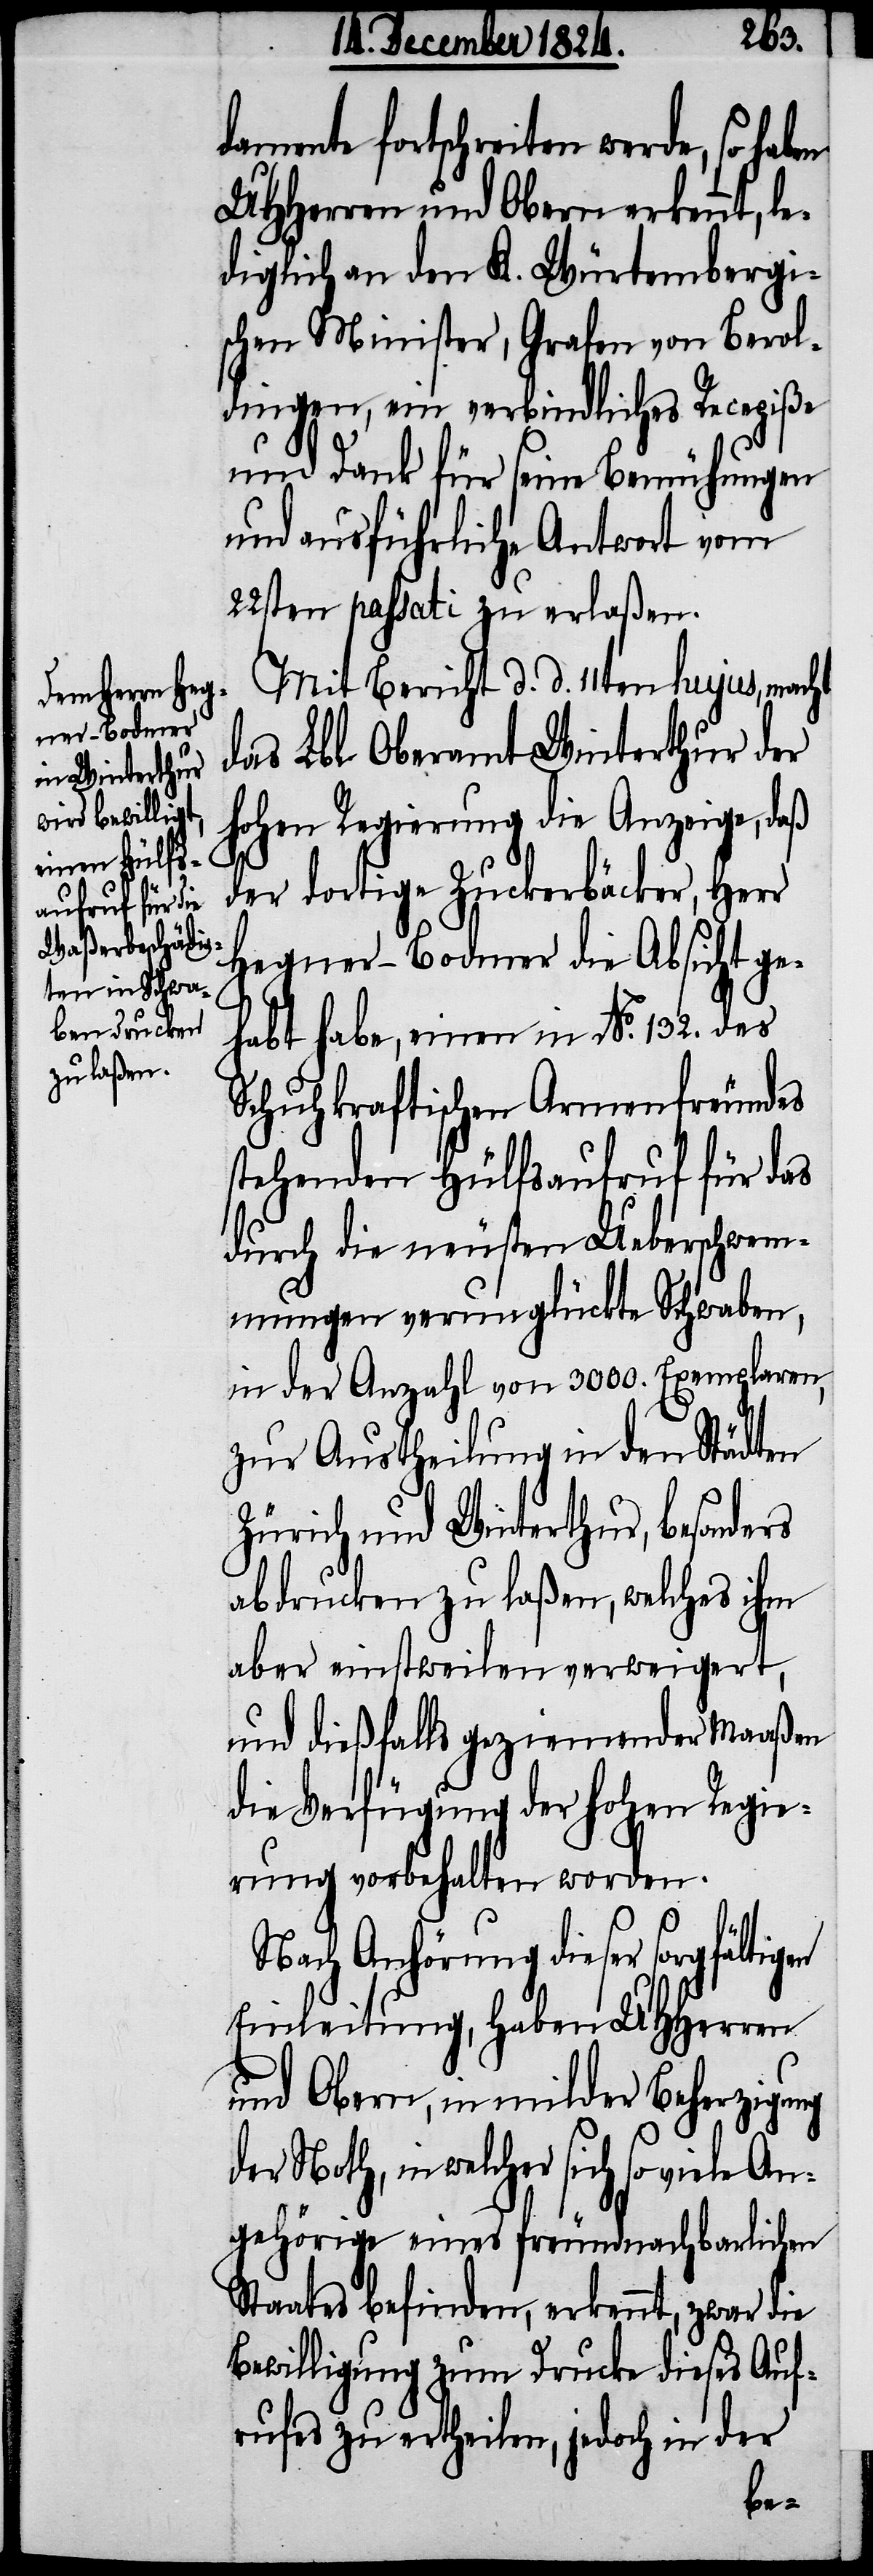
damente fortschreiten werde, so ha¬
UHHerren und Obern erkennt, le¬
diglich an den K. Würtembergi¬
schen Minister, Grafen von Berol¬
dingen, ein verbindliches Recepiße
und Dank für seine Bemühungen
und ausführliche Antwort vom
22sten passati zu erlaßen.
Mit Bericht d. d. 11ten hujus, macht
das Lbl. Oberamt Winterthur der
Hohen Regierung die Anzeige, daß
der dortige Zuckerbäcker, Herr
Hegner-Bodmer die Absicht ge¬
habt habt, einen in No. 132. des
Schuhkraftischen Armenfreundes
stehenden Hülfsaufruf für das
durch die neuesten Ueberschwem¬
mungen verunglückte Schwaben,
in der Anzahl von 3000. Exemplaren,
zur Austheilung in den Städten
Zürich und Winterthur, besonders
abdrucken zu laßen, welches ihm
aber einstweilen verweigert,
und dießfalls geziemender Maaßen
die Verfügung der hohen Regie¬
rung vorbehalten worden.
Nach Anhörung dieser sorgfältigen
Einleitung, haben UHHerren
und Obern, in milder Beherzigung
in welcher sich so viele An¬
gehörige eines freundnachbarlichen
Staates befinden, erkennt, zwar die
Bewilligung zum Drucke dieses Auf¬
rufes zu ertheilen, jedoch in der
ben